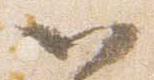
以